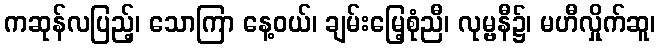
ကဆုန်လပြည့်၊ သောကြာ နေ့ဝယ်၊ ချမ်းမြေ့စုံညီ၊ လုမ္ဗနီ၌၊ မဟီလှိုက်ဆူ၊